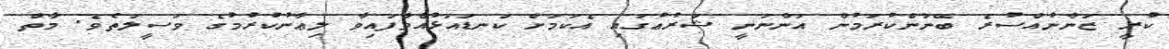
ކުރީ ޒަނާނުއްސުރެ ބޭނުންކުރަމުން އަންނަނީ ޝަރުޢުގައި އެކަމަށް ކަނޑައަޅުއްވާފައިވާ ލިޢާނުކުރުމުގެ ވަސީލަތެވެ. މާތް